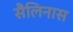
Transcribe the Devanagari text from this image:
सैलिनास